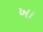
ખા